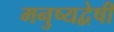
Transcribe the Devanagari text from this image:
मनुष्यद्वेषी